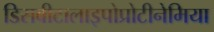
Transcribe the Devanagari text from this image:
डिसबीटालाइपोप्रोटीनेमिया